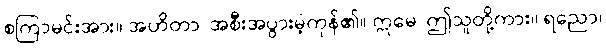
စကြာမင်းအား။ အဟိတာ၊ အစီးအပွားမဲ့ကုန်၏။ ဣမေ၊ ဤသူတို့ကား။ ရညော၊